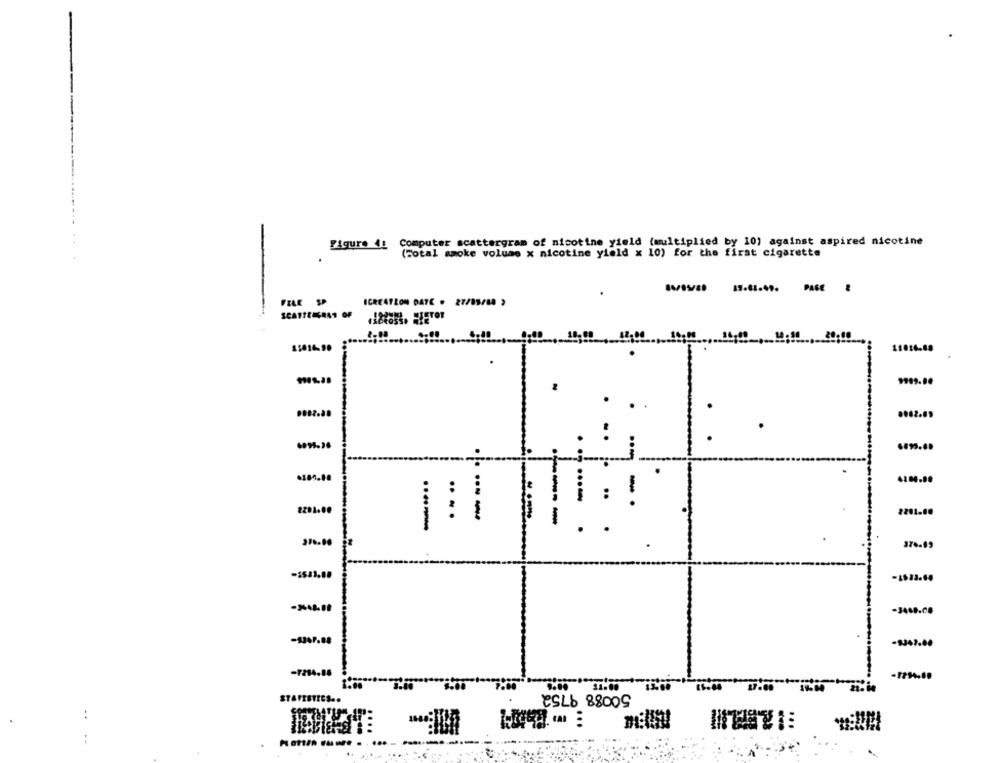
Figure 41 Computer scattergram of nicotine yield (multiplied by 10) against aspired nicotine
(Total smoke volume x nicotine yield x 10) for the first cigarette
FILE
ICREATION DATE . 27/85/88 ,
SCATTEMERATO
0.00
12, 00
19,00
2201.40
....
310.00
37.69
-347.00
-7214-16
13.00
STAVEBTICS ..
: